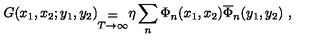
G ( x _ { 1 } , x _ { 2 } ; y _ { 1 } , y _ { 2 } ) _ { \stackrel { { \displaystyle = } } { T \rightarrow \infty } } \eta \sum _ { n } \Phi _ { n } ( x _ { 1 } , x _ { 2 } ) \overline { \Phi } _ { n } ( y _ { 1 } , y _ { 2 } ) \ ,